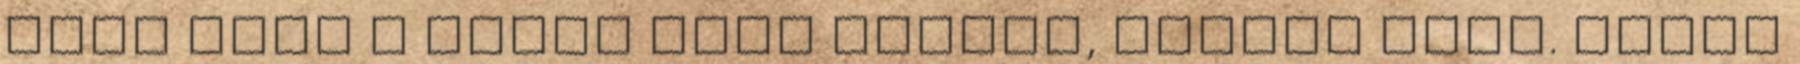
éves lett a Miami Heat ikonja, Dwyane Wade. Kevin